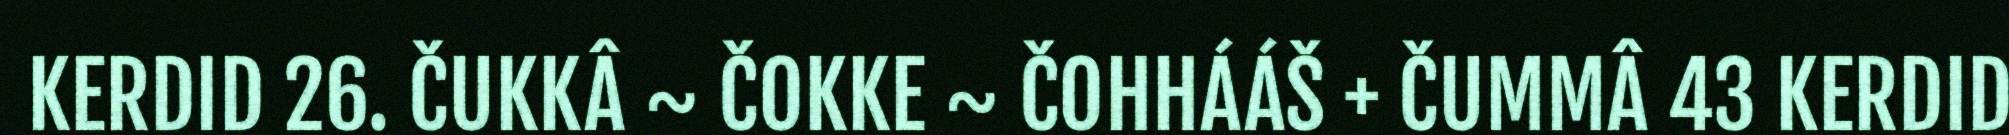
KERDID 26. ČUKKÂ ~ ČOKKE ~ ČOHHÁÁŠ + ČUMMÂ 43 KERDID